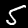
Label: 5